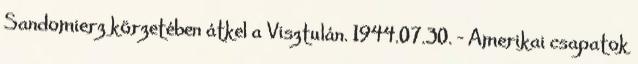
Sandomierz körzetében átkel a Visztulán. 1944.07.30. - Amerikai csapatok